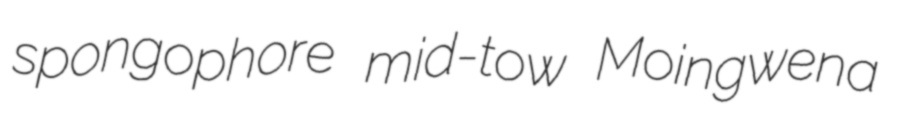
spongophore mid-tow Moingwena